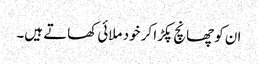
ان کو چھانچ پکڑا کر خود ملائی کھاتے ہیں۔